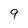
Character: 9